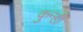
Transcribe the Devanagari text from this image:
कुन्ही